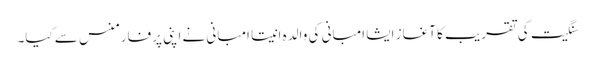
سنگیت کی تقریب کا آغاز ایشا امبانی کی والدہ انیتا امبانی نے اپنی پرفارمنس سے کیا۔